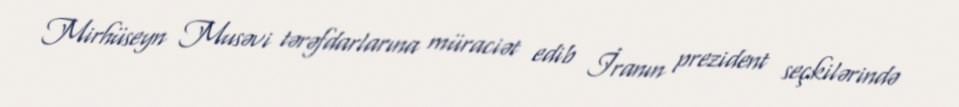
Mirhüseyn Musəvi tərəfdarlarına müraciət edib İranın prezident seçkilərində